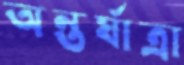
অন্তর্যাত্রা